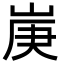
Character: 𡷳